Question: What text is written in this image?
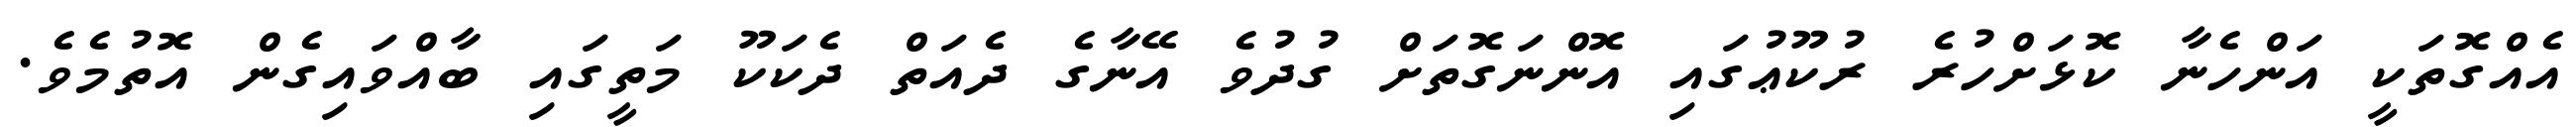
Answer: އެއްގޮތަކީ އަންހެނާ ކޮޅަށްހުރެ ރުކޫޢުގައި އޮންނަގޮތަށް ގުދުވެ އޭނާގެ ދެއަތް ދެކަކޫ މަތީގައި ބާއްވައިގެން އޮތުމެވެ.